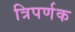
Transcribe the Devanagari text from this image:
त्रिपर्णक